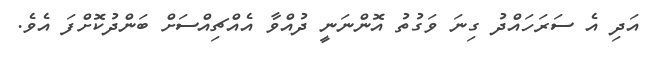
އަދި އެ ސަރަހައްދު ގިނަ ވަގުތު އޮންނަނީ ދުއްވާ އެއްޗިއްސަށް ބަންދުކޮށްފަ އެވެ.